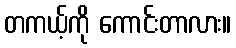
တကယ့်ကို ကောင်းတာလား။